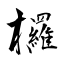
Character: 欏